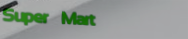
Super Mart